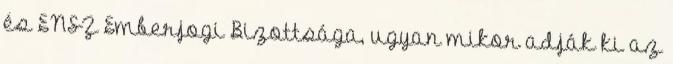
és ENSZ Emberjogi Bizottsága, ugyan mikor adják ki az